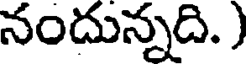
నందున్నది. )